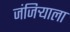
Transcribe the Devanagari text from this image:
जंजिर्‍याला